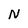
Character: N